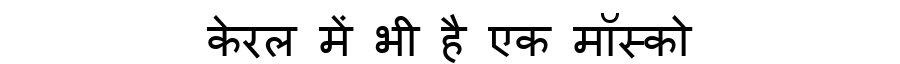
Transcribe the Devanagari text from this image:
केरल में भी है एक मॉस्को